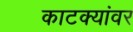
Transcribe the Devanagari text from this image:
काटक्यांवर